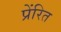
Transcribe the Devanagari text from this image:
प्रेंरित